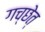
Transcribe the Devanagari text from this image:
गच्छेत्